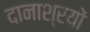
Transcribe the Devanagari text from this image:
दानाश्रयों